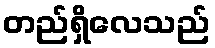
တည်ရှိလေသည်